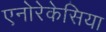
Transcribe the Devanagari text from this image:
एनोरेकेसिया